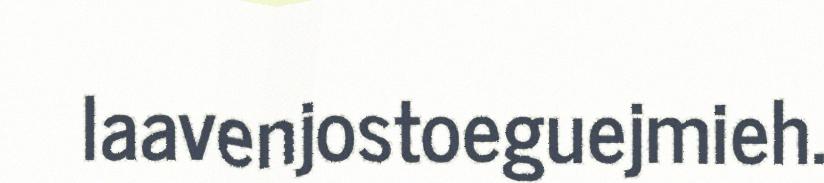
laavenjostoeguejmieh.